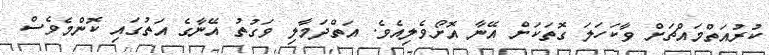
ކުރުއަތްމައްޗަށް ވާކަހަލަ ގޮތަކަށް އޭނާ އޮށޯވެލިއެވެ. އަތްދަމާލި ވަގުތު އޭނާގެ އަތުގައި ކޮންމެވެސް